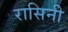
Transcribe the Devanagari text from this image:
रासिनी